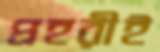
প্রহরীই